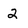
Character: 2